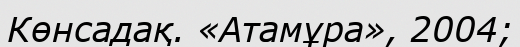
Көнсадақ. «Атамұра», 2004;